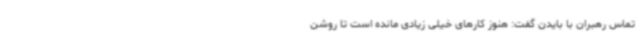
تماس رهبران با بایدن گفت: هنوز کارهای خیلی زیادی مانده است تا روشن